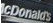
cDonalds